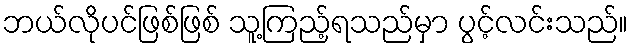
ဘယ်လိုပင်ဖြစ်ဖြစ် သူ့ကြည့်ရသည်မှာ ပွင့်လင်းသည်။